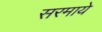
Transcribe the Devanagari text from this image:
सरमाये